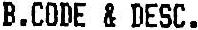
B.CODE & DESC.